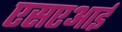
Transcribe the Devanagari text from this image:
एसएआई